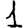
Digit: 1